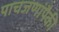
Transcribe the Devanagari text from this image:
पाचजणांपैकी